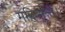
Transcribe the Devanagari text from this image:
महिष्मन्त।